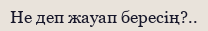
Не деп жауап бересің?..